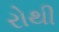
રોથી